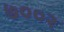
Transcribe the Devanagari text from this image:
७००२